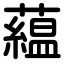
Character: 藴